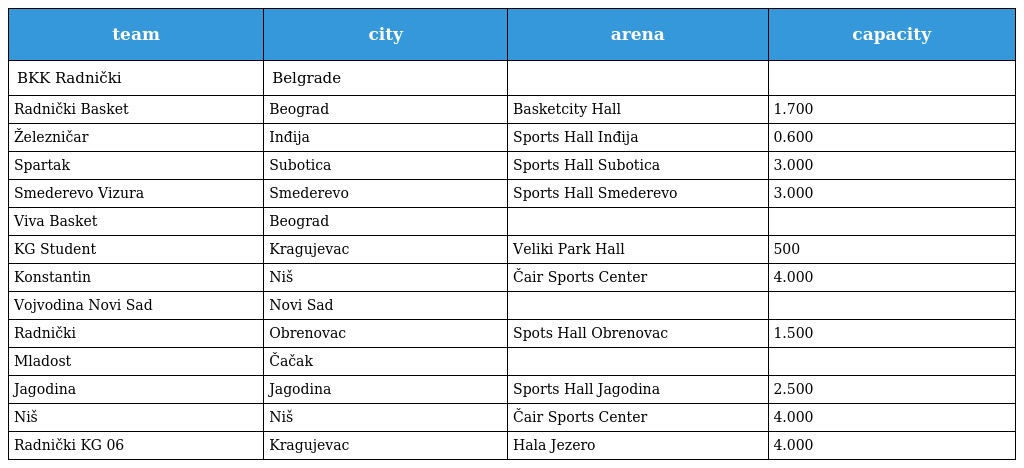
| team | city | arena | capacity |
 | --- | --- | --- | --- |
 | BKK Radnički | Belgrade |  |  |
 | Radnički Basket | Beograd | Basketcity Hall | 1.700 |
 | Železničar | Inđija | Sports Hall Inđija | 0.600 |
 | Spartak | Subotica | Sports Hall Subotica | 3.000 |
 | Smederevo Vizura | Smederevo | Sports Hall Smederevo | 3.000 |
 | Viva Basket | Beograd |  |  |
 | KG Student | Kragujevac | Veliki Park Hall | 500 |
 | Konstantin | Niš | Čair Sports Center | 4.000 |
 | Vojvodina Novi Sad | Novi Sad |  |  |
 | Radnički | Obrenovac | Spots Hall Obrenovac | 1.500 |
 | Mladost | Čačak |  |  |
 | Jagodina | Jagodina | Sports Hall Jagodina | 2.500 |
 | Niš | Niš | Čair Sports Center | 4.000 |
 | Radnički KG 06 | Kragujevac | Hala Jezero | 4.000 |